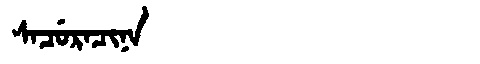
Manchu: ᠰᠠᠴᡠᡵᠠᠴᡳᠨᠠ
Romanization: SACURACINA